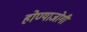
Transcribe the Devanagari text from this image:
होण्याजोगी